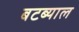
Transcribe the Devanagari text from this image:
बटब्याल